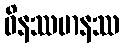
ဝိနဿမာနဿ